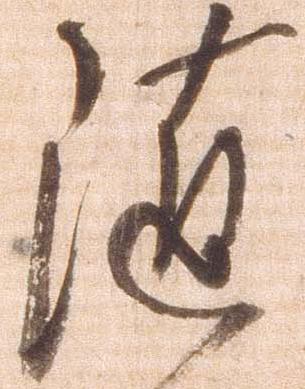
随